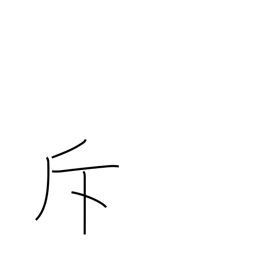
Meaning: recede